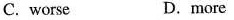
C. worse D.more